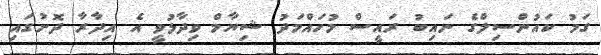
ގަމު ކައުންސިލްގެ ނައިބު ރައީސް މުހައްމަދު ޝިޔާމް ވިދާޅުވީ އެ އިދާރާ ދޮށުގައި